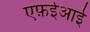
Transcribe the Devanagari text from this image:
एफ़ईआई